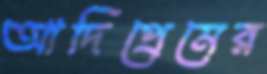
আদিপ্রেমের